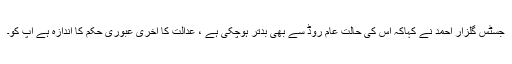
جسٹس گلزار احمد نے کہاکہ اس کی حالت عام روڈ سے بھی بدتر ہوچکی ہے ، عدالت کا آخری عبوری حکم کا اندازہ ہے آپ کو۔